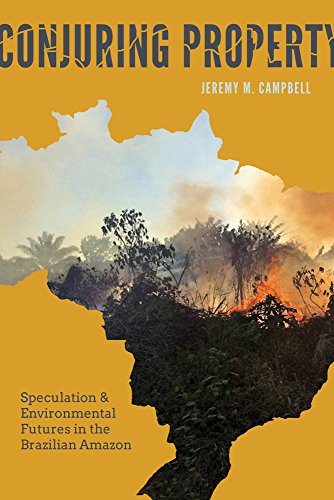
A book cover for Conjuring Property: Speculation and Environmental Futures in the Brazilian Amazon (Culture, Place, and Nature); Jeremy Campbell; History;